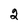
Character: 2